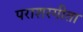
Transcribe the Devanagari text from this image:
पराशरगीता